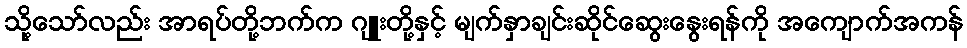
သို့သော်လည်း အာရပ်တို့ဘက်က ဂျူးတို့နှင့် မျက်နှာချင်းဆိုင်ဆွေးနွေးရန်ကို အကျောက်အကန်